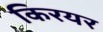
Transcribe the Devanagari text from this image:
किरयर